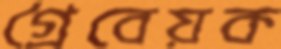
গ্রৈবেয়ক